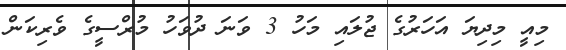
މިއީ މިދިޔަ އަހަރުގެ ޖުލައި މަހު 3 ވަނަ ދުވަހު މުރްސީގެ ވެރިކަން